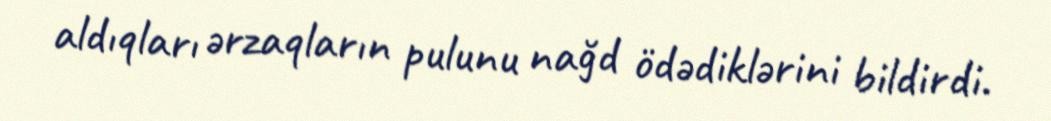
aldıqları ərzaqların pulunu nağd ödədiklərini bildirdi.